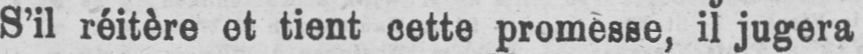
S’il réitère et tient cette promesse, il jugera